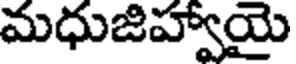
మధుజిహ్వాయై